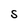
Character: S